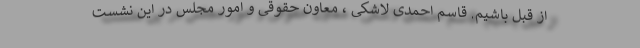
از قبل باشیم. قاسم احمدی لاشکی ، معاون حقوقی و امور مجلس در این نشست